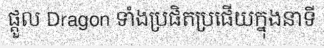
ផ្តួល Dragon ទាំងប្រផិតប្រផើយក្នុងនាទី